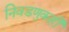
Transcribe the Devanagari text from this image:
निवडणुकही